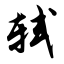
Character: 轼